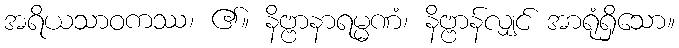
အရိယသာဝကဿ၊ ၏။ နိဗ္ဗာနာရမ္မဏံ၊ နိဗ္ဗာန်လျှင် အာရုံရှိသော။